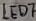
Text: LED7